Scottish Leaving Certificate Examination, 1959
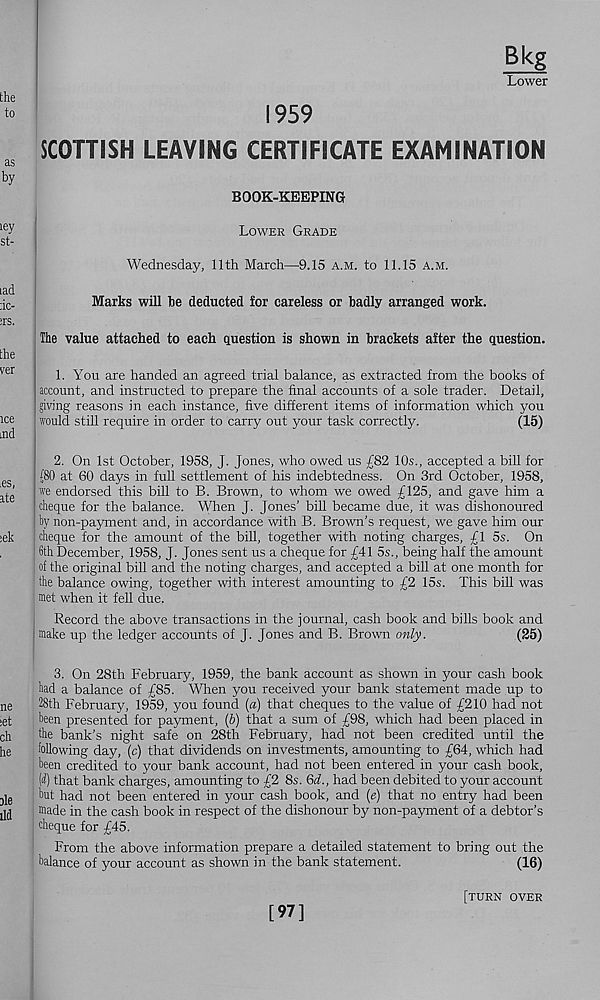
Bkg
Lower
1959
SCOTTISH LEAVING CERTIFICATE EXAMINATION
BOOK-KEEPING
Lower Grade
Wednesday, 11th March—9.15 a.m. to 11.15 a.m.
Marks will Ibe deducted for careless or badly arranged work.
The value attached to each question is shown in brackets after the question.
1. You are handed an agreed trial balance, as extracted from the books of
account, and instructed to prepare the final accounts of a sole trader. Detail,
giving reasons in each instance, five different items of information which you
would still require in order to carry out your task correctly.
(15)
2. On 1st October, 1958, J. Jones, who owed us £82 10s., accepted a bill for
(80 at 60 days in full settlement of his indebtedness. On 3rd October, 1958,
we endorsed this bill to B. Brown, to whom we owed £125, and gave him a
cheque for the balance. When J. Jones’ bill became due, it was dishonoured
by non-payment and, in accordance with B. Brown’s request, we gave him our
cheque for the amount of the bill, together with noting charges, £1 5s. On
6th December, 1958, J. Jones sent us a cheque for £41 5s., being half the amount
j of the original bill and the noting charges, and accepted a bill at one month for
: the balance owing, together with interest amounting to £2 15s. This bill was
! met when it fell due.
Record the above transactions in the journal, cash book and bills book and
make up the ledger accounts of J. Jones and B. Brown only.
(25)
■
3. On 28th February, 1959, the bank account as shown in your cash book
had a balance of £85. When you received your bank statement made up to
28th February, 1959, you found (a) that cheques to the value of £210 had not
been presented for payment, (b) that a sum of £98, which had been placed in
the bank’s night safe on 28th February, had not been credited until the
following day, (c) that dividends on investments, amounting to £64, which had
been credited to your bank account, had not been entered in your cash book,
(i) that bank charges, amounting to £2 8s. 6d. t had been debited to your account
but had not been entered in your cash book, and (e) that no entry had been
made in the cash book in respect of the dishonour by non-payment of a debtor’s
cheque for £45.
From the above information prepare a detailed statement to bring out the
balance of your account as shown in the bank statement.
(16)
[97]
[turn over